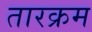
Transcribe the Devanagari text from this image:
तारक्रम